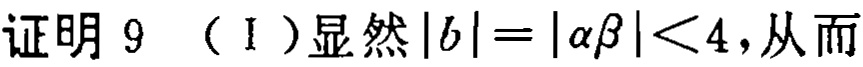
证明 9 （I ）显然\(|b| = |\alpha\beta| < 4\)，从而